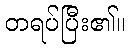
တရပ်ပြီး၏။